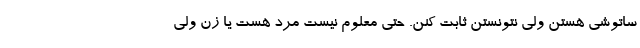
ساتوشی هستن ولی نتونستن ثابت کنن. حتی معلوم نیست مرد هست یا زن ولی